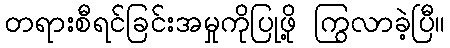
တရားစီရင်ခြင်းအမှုကိုပြုဖို့ ကြွလာခဲ့ပြီ။